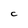
Character: C